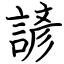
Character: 諺